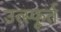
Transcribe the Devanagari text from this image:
उत्‍स्फूर्त